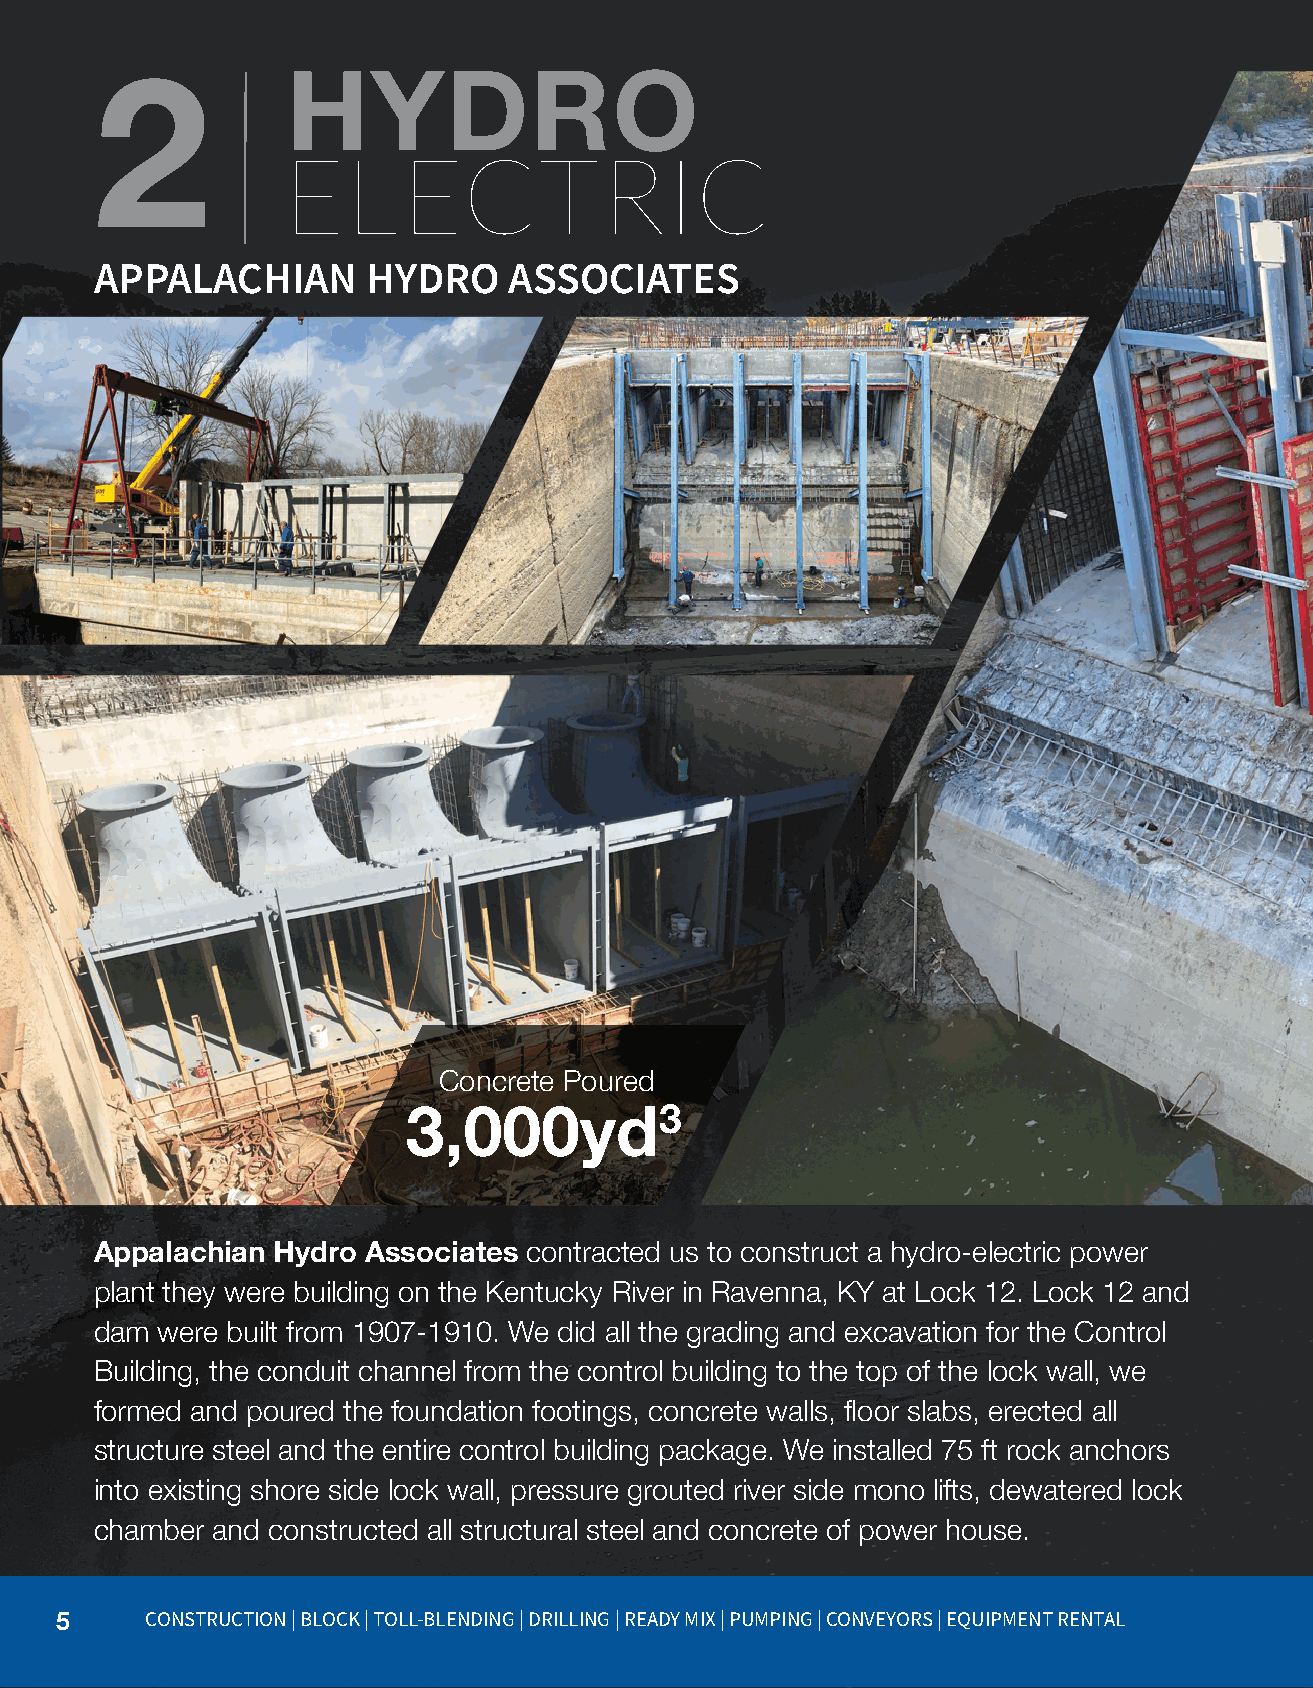
2            HYDRO
 ELECTRIC
 APPALACHIAN       HYDRO     ASSOCIATES
 Concrete Poured
 3,000yd3
 Appalachian Hydro Associates contracted us to construct a hydro-electric power
 plant they were building on the Kentucky River in Ravenna, KY at Lock 12. Lock 12 and
 dam were built from 1907-1910. We did all the grading and excavation for the Control
 Building, the conduit channel from the control building to the top of the lock wall, we
 formed and poured the foundation footings, concrete walls, floor slabs, erected all
 structure steel and the entire control building package. We installed 75 ft rock anchors
 into existing shore side lock wall, pressure grouted river side mono lifts, dewatered lock
 chamber and constructed all structural steel and concrete of power house.
 5     CONSTRUCTION | BLOCK | TOLL-BLENDING | DRILLING | READY MIX | PUMPING | CONVEYORS | EQUIPMENT RENTAL